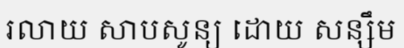
រលាយ សាបសូន្យ ដោយ សន្សឹម